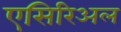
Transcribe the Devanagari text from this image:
एसिरिअल